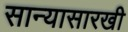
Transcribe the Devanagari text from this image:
सान्यासारखी